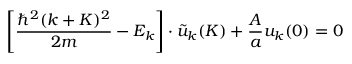
\left[ { \frac { \hbar ^ { 2 } ( k + K ) ^ { 2 } } { 2 m } } - E _ { k } \right] \cdot { \tilde { u } } _ { k } ( K ) + { \frac { A } { a } } u _ { k } ( 0 ) = 0